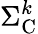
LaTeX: \Sigma_{\mathrm{{C}}}^{k}